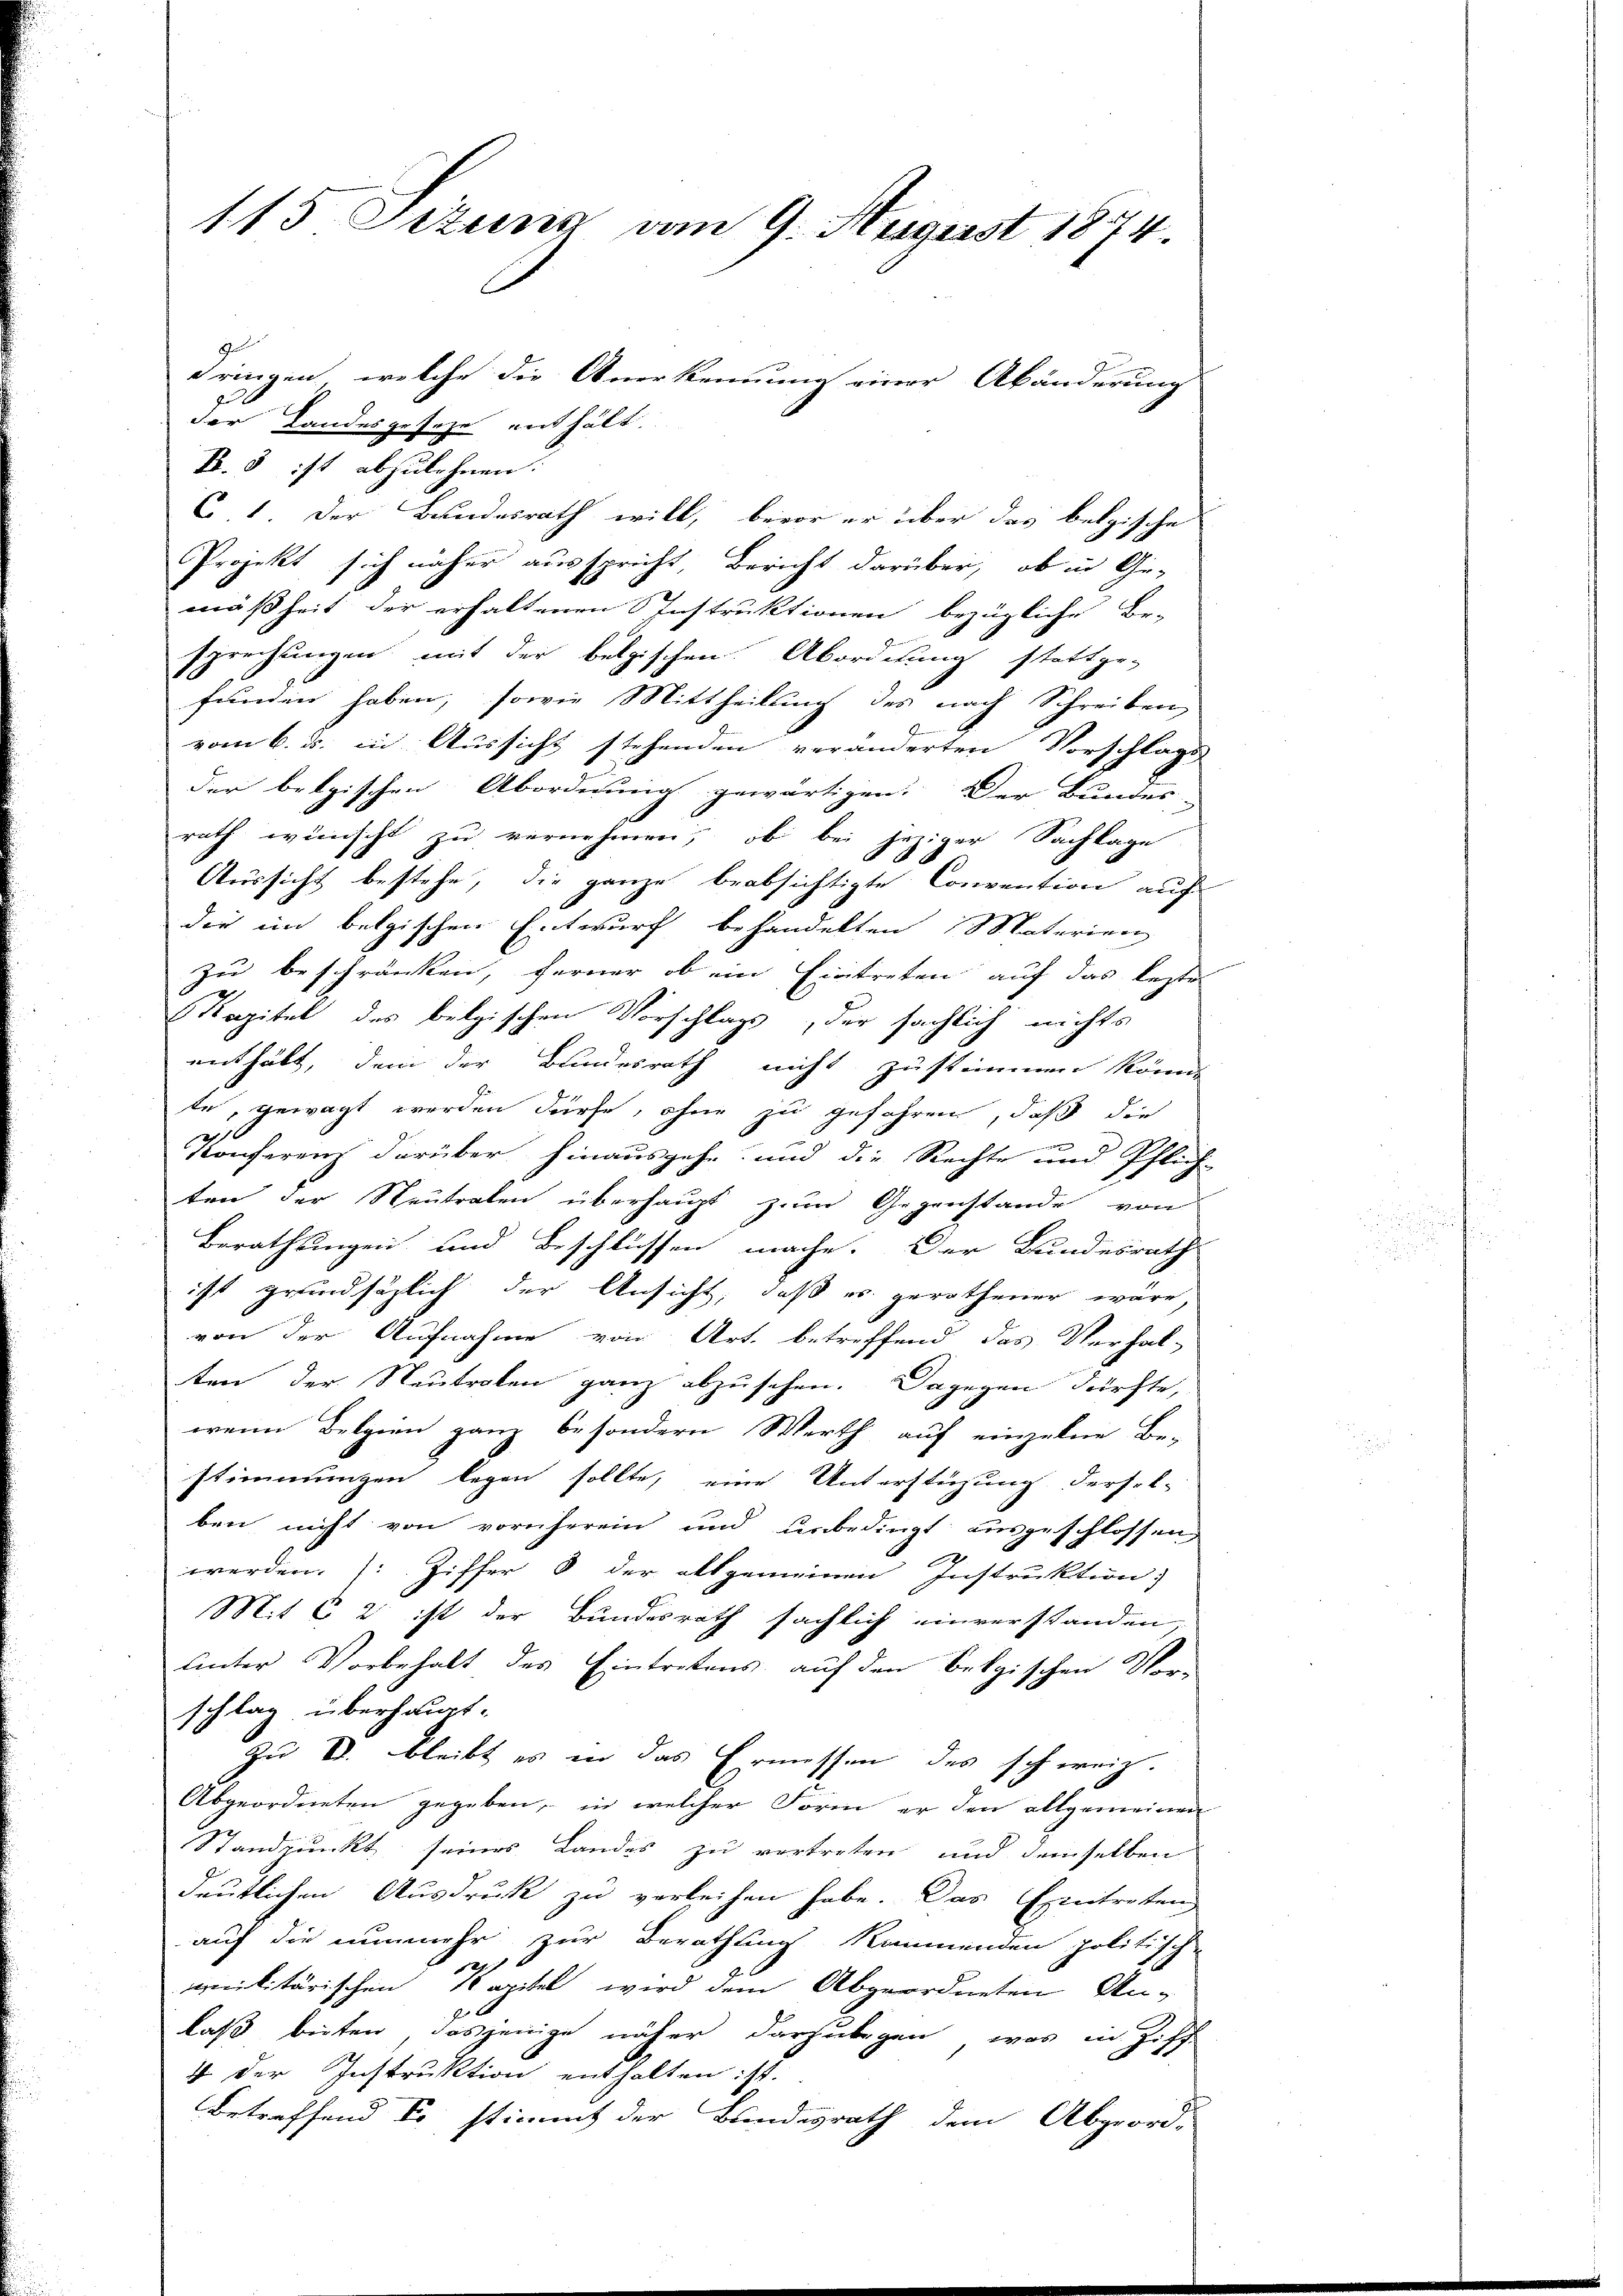
Geld
zu
der Landesgeseze enthält.
B. 3 ist abzulehnen.
C 1. Der Bundesrath will, bevor er über das belgische
Projekt sich näher ausspricht, Bericht darüber, ob in Gemäßheit der erhaltenen Instruktionen bezügliche Er-
sprechungen mit der belgischen Abordnung stattge-
funden haben, sowie Mittheilung des nach Schreiben
vom 6. ds. in Aussicht stehenden veränderten Vorschlags
der belgischen Abordnung gewärtigen. Der Bundes-
rath wünscht zu vernehmen, ob bei jeziger Sachlage
Aussicht bestehe, die ganze beabsichtigte Convention auf
die im belgischen Entwurf behandelten Materien
zu beschränken, ferner ob ein Eintreten auf das lezter
Kapitel des belgischen Vorschlags, der sächlich nichts
enthält, dem der Bundesrath nicht zustimmen könne
te, gewagt werden dürfe, ohne zu gefahren, daß die
Konferenz darüber hinausgehe und die Rechte und Pflich-
ten der Neutralen überhaupt zum Gegenstande von
Berathungen und Beschlüssen mache. Der Bundesrath
ist grundsätzlich der Ansicht, daß es gerathener wäre,
von der Aufnahme von Art. betreffend das Verhal-
ten der Neutralen ganz abzusehen. Dagegen dürfte,
wenn Belgien ganz besondern Werth auf einzelne Be-
stimmungen legen sollte, eine Unterstüzung dersel-
ben nicht von vornherein und unbedingt ausgeschlossen,
werden. (Ziffer 8 der allgemeinen Instruktion;
Mit 6 2 ist der Bundesrath sächlich einverstanden,
unter Vorbehalt des Eintretens auf den Belgischen Vor-
schlag überhaupt-
Zu V. bleibt es in das Ermessen des schweiz.
Abgeordneten gegeben, in welcher Form er den allgemeinen
Standpunkt seines Landes zu vertreten und demselben
deutlichen Ausdruck zu verleihen habe. Das Eintreten
auf die nunmehr zur Berathung kommenden politische
amilitärischen Kapitel wird dem Abgeordneten An-
laß bieten, dasjenige näher darzubegen, was in Ziff
4 der Instruktion enthalten ist.
Betreffend So stimmt der Bundesrath dem Abgeord-

115 Situng am 9. August 1874.

dringen, welche die Anerkennung einer Abänderung

2